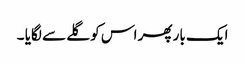
ایک بار پھر اس کو گلے سے لگایا ۔